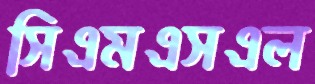
সিএমএসএল